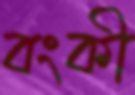
বংকী